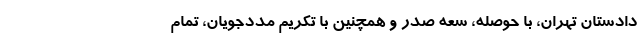
دادستان تهران، با حوصله، سعه صدر و همچنین با تکریم مددجویان، تمام